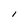
Character: I